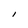
Character: I